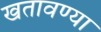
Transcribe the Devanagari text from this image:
खतावण्या